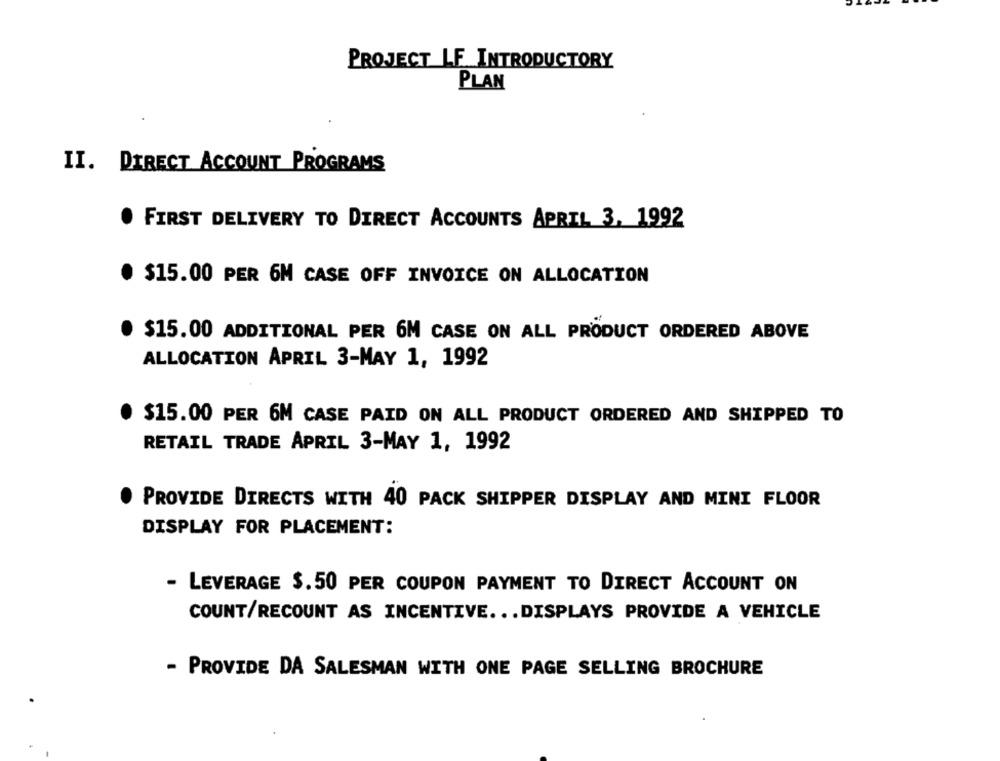
PROJECT LF INTRODUCTORY
PLAN
II. DIRECT ACCOUNT PROGRAMS
. FIRST DELIVERY TO DIRECT ACCOUNTS APRIL 3, 1992
· $15.00 PER 6M CASE OFF INVOICE ON ALLOCATION
· $15.00 ADDITIONAL PER 6M CASE ON ALL PRODUCT ORDERED ABOVE
ALLOCATION APRIL 3-MAY 1, 1992
. $15.00 PER 6M CASE PAID ON ALL PRODUCT ORDERED AND SHIPPED TO
RETAIL TRADE APRIL 3-MAY 1, 1992
PROVIDE DIRECTS WITH 40 PACK SHIPPER DISPLAY AND MINI FLOOR
DISPLAY FOR PLACEMENT:
- LEVERAGE $.50 PER COUPON PAYMENT TO DIRECT ACCOUNT ON
COUNT/RECOUNT AS INCENTIVE ... DISPLAYS PROVIDE A VEHICLE
- PROVIDE DA SALESMAN WITH ONE PAGE SELLING BROCHURE